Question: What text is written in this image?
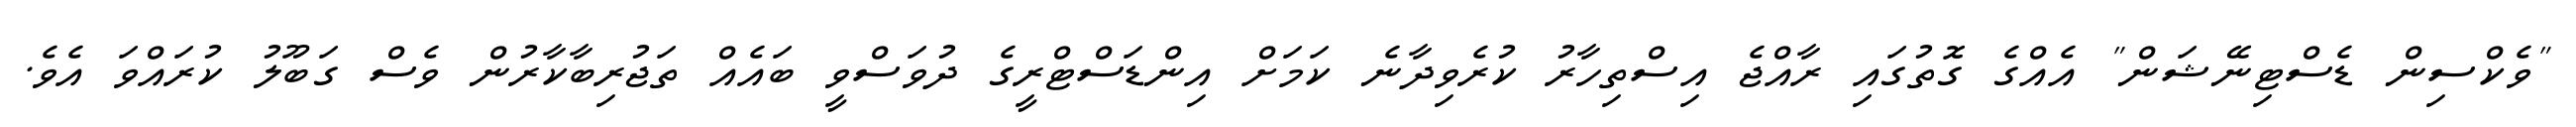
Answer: "ވެކްސިން ޑެސްޓިނޭޝަން" އެއްގެ ގޮތުގައި ރާއްޖެ އިސްތިހާރު ކުރެވިދާނެ ކަމަށް އިންޑަސްޓްރީގެ ދުވަސްވީ ބައެއް ތަޖުރިބާކާރުން ވެސް ގަބޫލު ކުރައްވަ އެވެ.